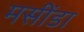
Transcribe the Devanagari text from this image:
मसींडा